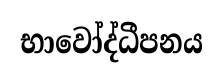
භාවෝද්ධීපනය